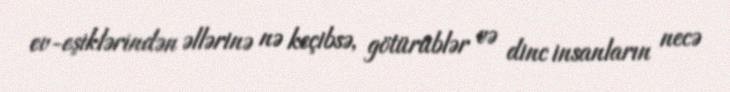
ev-eşiklərindən əllərinə nə keçibsə, götürüblər və dinc insanların necə